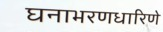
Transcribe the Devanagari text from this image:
घनाभरणधारिणे